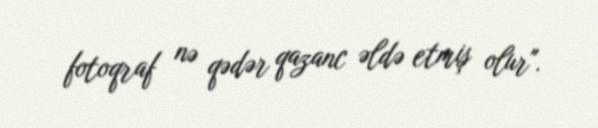
fotoqraf nə qədər qazanc əldə etmiş olur".